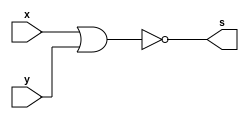
// Exercicio 02
// Wadson Gomes Ferreira
// 460631
// Tabela-Verdade NOR e $monitor
// Representao em binrio
module tabelaNOR(output s, input x, input y);
       assign s = ~(x|y);
endmodule

module teste;
       reg a,b;
       wire s;
       tabelaNOR T1(s,a,b);

       initial begin
             a=1'b0;
             b=1'b0;
       end

       initial begin
               $display("Exercicio02 - Wadson Gomes Ferreira - 460631");
               $display("Tabela-Verdade NOR e $monitor");
               $monitor("~ ( a=%b | b=%b ) => %b",a,b,s);
               #1
                 a=1'b0;
                 b=1'b1;
               #1
                 a=1'b1;
                 b=1'b0;
               #1
                 a=1'b1;
                 b=1'b1;
       end

endmodule